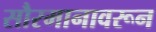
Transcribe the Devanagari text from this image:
सौरमानावरून